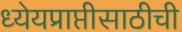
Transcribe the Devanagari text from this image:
ध्येयप्राप्तीसाठीची